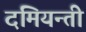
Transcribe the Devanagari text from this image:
दमियन्ती